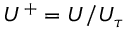
U ^ { + } = U / U _ { \tau }